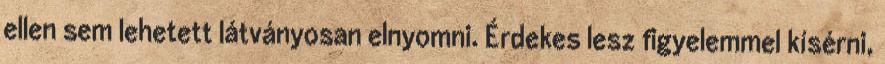
ellen sem lehetett látványosan elnyomni. Érdekes lesz figyelemmel kísérni,